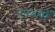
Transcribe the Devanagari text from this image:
२०४वॉ